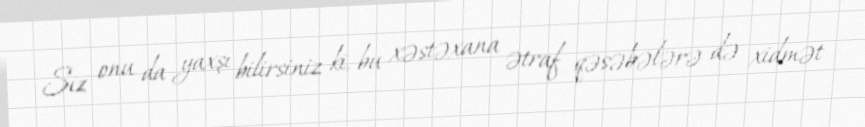
Siz onu da yaxşı bilirsiniz ki, bu xəstəxana ətraf qəsəbələrə də xidmət